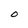
Character: O